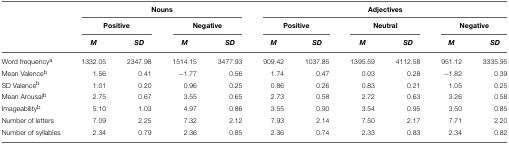
<table><thead><tr><td></td><td colspan="4"><b>Nouns</b></td><td colspan="6"><b>Adjectives</b></td></tr><tr><td></td><td colspan="2"><b>Positive</b></td><td colspan="2"><b>Negative</b></td><td colspan="2"><b>Positive</b></td><td colspan="2"><b>Neutral</b></td><td colspan="2"><b>Negative</b></td></tr><tr><td></td><td><b><i>M</i></b></td><td><b><i>SD</i></b></td><td><b><i>M</i></b></td><td><b><i>SD</i></b></td><td><b><i>M</i></b></td><td><b><i>SD</i></b></td><td><b><i>M</i></b></td><td><b><i>SD</i></b></td><td><b><i>M</i></b></td><td><b><i>SD</i></b></td></tr></thead><tbody><tr><td>Word frequency<sup>a</sup></td><td>1332.05</td><td>2347.98</td><td>1514.15</td><td>3477.93</td><td>909.42</td><td>1037.85</td><td>1395.59</td><td>4112.58</td><td>951.12</td><td>3335.95</td></tr><tr><td>Mean Valence<sup>b</sup></td><td>1.56</td><td>0.41</td><td>−1.77</td><td>0.56</td><td>1.74</td><td>0.47</td><td>0.03</td><td>0.28</td><td>−1.82</td><td>0.39</td></tr><tr><td>SD Valence<sup>b</sup></td><td>1.01</td><td>0.20</td><td>0.96</td><td>0.25</td><td>0.86</td><td>0.26</td><td>0.83</td><td>0.21</td><td>1.05</td><td>0.25</td></tr><tr><td>Mean Arousal<sup>b</sup></td><td>2.75</td><td>0.67</td><td>3.55</td><td>0.65</td><td>2.73</td><td>0.58</td><td>2.72</td><td>0.63</td><td>3.26</td><td>0.58</td></tr><tr><td>Imageability<sup>b</sup></td><td>5.10</td><td>1.03</td><td>4.97</td><td>0.86</td><td>3.55</td><td>0.90</td><td>3.54</td><td>0.95</td><td>3.50</td><td>0.85</td></tr><tr><td>Number of letters</td><td>7.09</td><td>2.25</td><td>7.32</td><td>2.12</td><td>7.93</td><td>2.14</td><td>7.50</td><td>2.17</td><td>7.71</td><td>2.20</td></tr><tr><td>Number of syllables</td><td>2.34</td><td>0.79</td><td>2.36</td><td>0.85</td><td>2.36</td><td>0.74</td><td>2.33</td><td>0.83</td><td>2.34</td><td>0.82</td></tr></tbody></table>